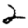
Digit: 2